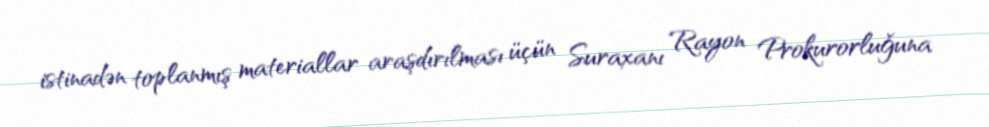
istinadən toplanmış materiallar araşdırılması üçün Suraxanı Rayon Prokurorluğuna